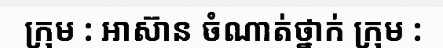
ក្រុម : អាស៊ាន ចំណាត់ថ្នាក់ ក្រុម :